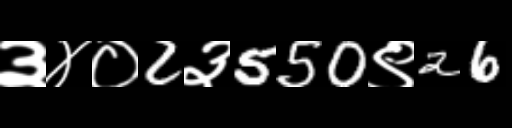
Text: ३४०2३550९26